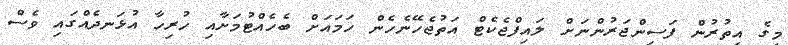
މީގެ އިތުރުން ފަސިންޖަރުންނަށް ލައިފްޖެކެޓް އަތުޖެހޭނެހެން ހަމައަށް ބެހެއްޓުމަށާއި ހުރިހާ އުޅަނދެއްގައި ވެސް